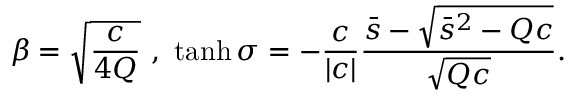
\beta = \sqrt { \frac { c } { 4 Q } } \ , \ \operatorname { t a n h } \sigma = - \frac { c } { | c | } \frac { \bar { s } - \sqrt { \bar { s } ^ { 2 } - Q c } } { \sqrt { Q c } } .